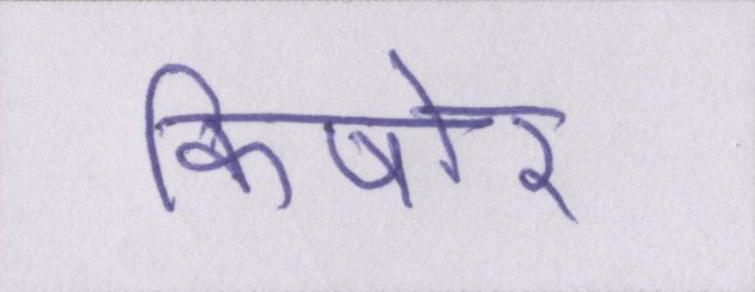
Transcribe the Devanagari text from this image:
किषोर